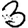
Digit: 3